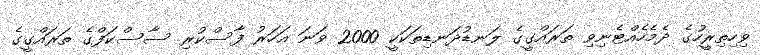
ވިހިތިރީހުގެ ދެމެހެއްޓެނިވި ތަރައްގީގެ ލަނޑުދަނޑިތަކަކީ 2000 ވަނަ އަހަރު ފާސްކުރި ސާސްކަފްގެ ތަރައްގީގެ